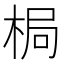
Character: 梮